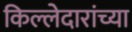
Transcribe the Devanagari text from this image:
किल्लेदारांच्या